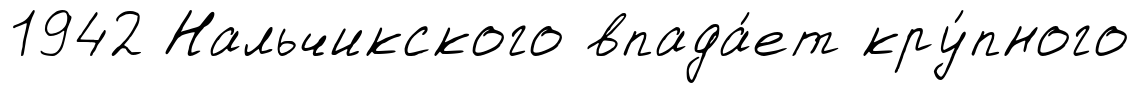
1942 Нальчикского впада́ет кру́пного